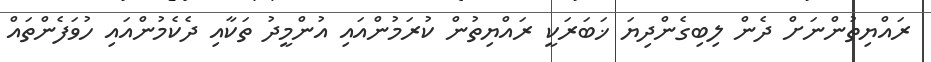
ރައްޔިތުންނަށް ދެން ލިބިގެންދިޔަ ޚަބަރަކީ ރައްޔިތުން ކުރަމުންއައި އުންމީދު ތަކާއި ދެކެމުންއައި ހުވަފެންތައް